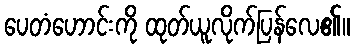
ပေတံဟောင်းကို ထုတ်ယူလိုက်ပြန်လေ၏။